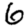
Digit: 6